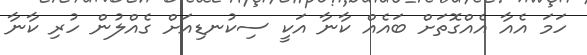
ހަމަ އެއާ އެއްގޮތަށް ބައެއް ކާނާ އަކީ ސިކުނޑިއަށް ގެއްލުން ހުރި ކާނާ